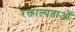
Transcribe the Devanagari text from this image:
रक्ताल्पताओं